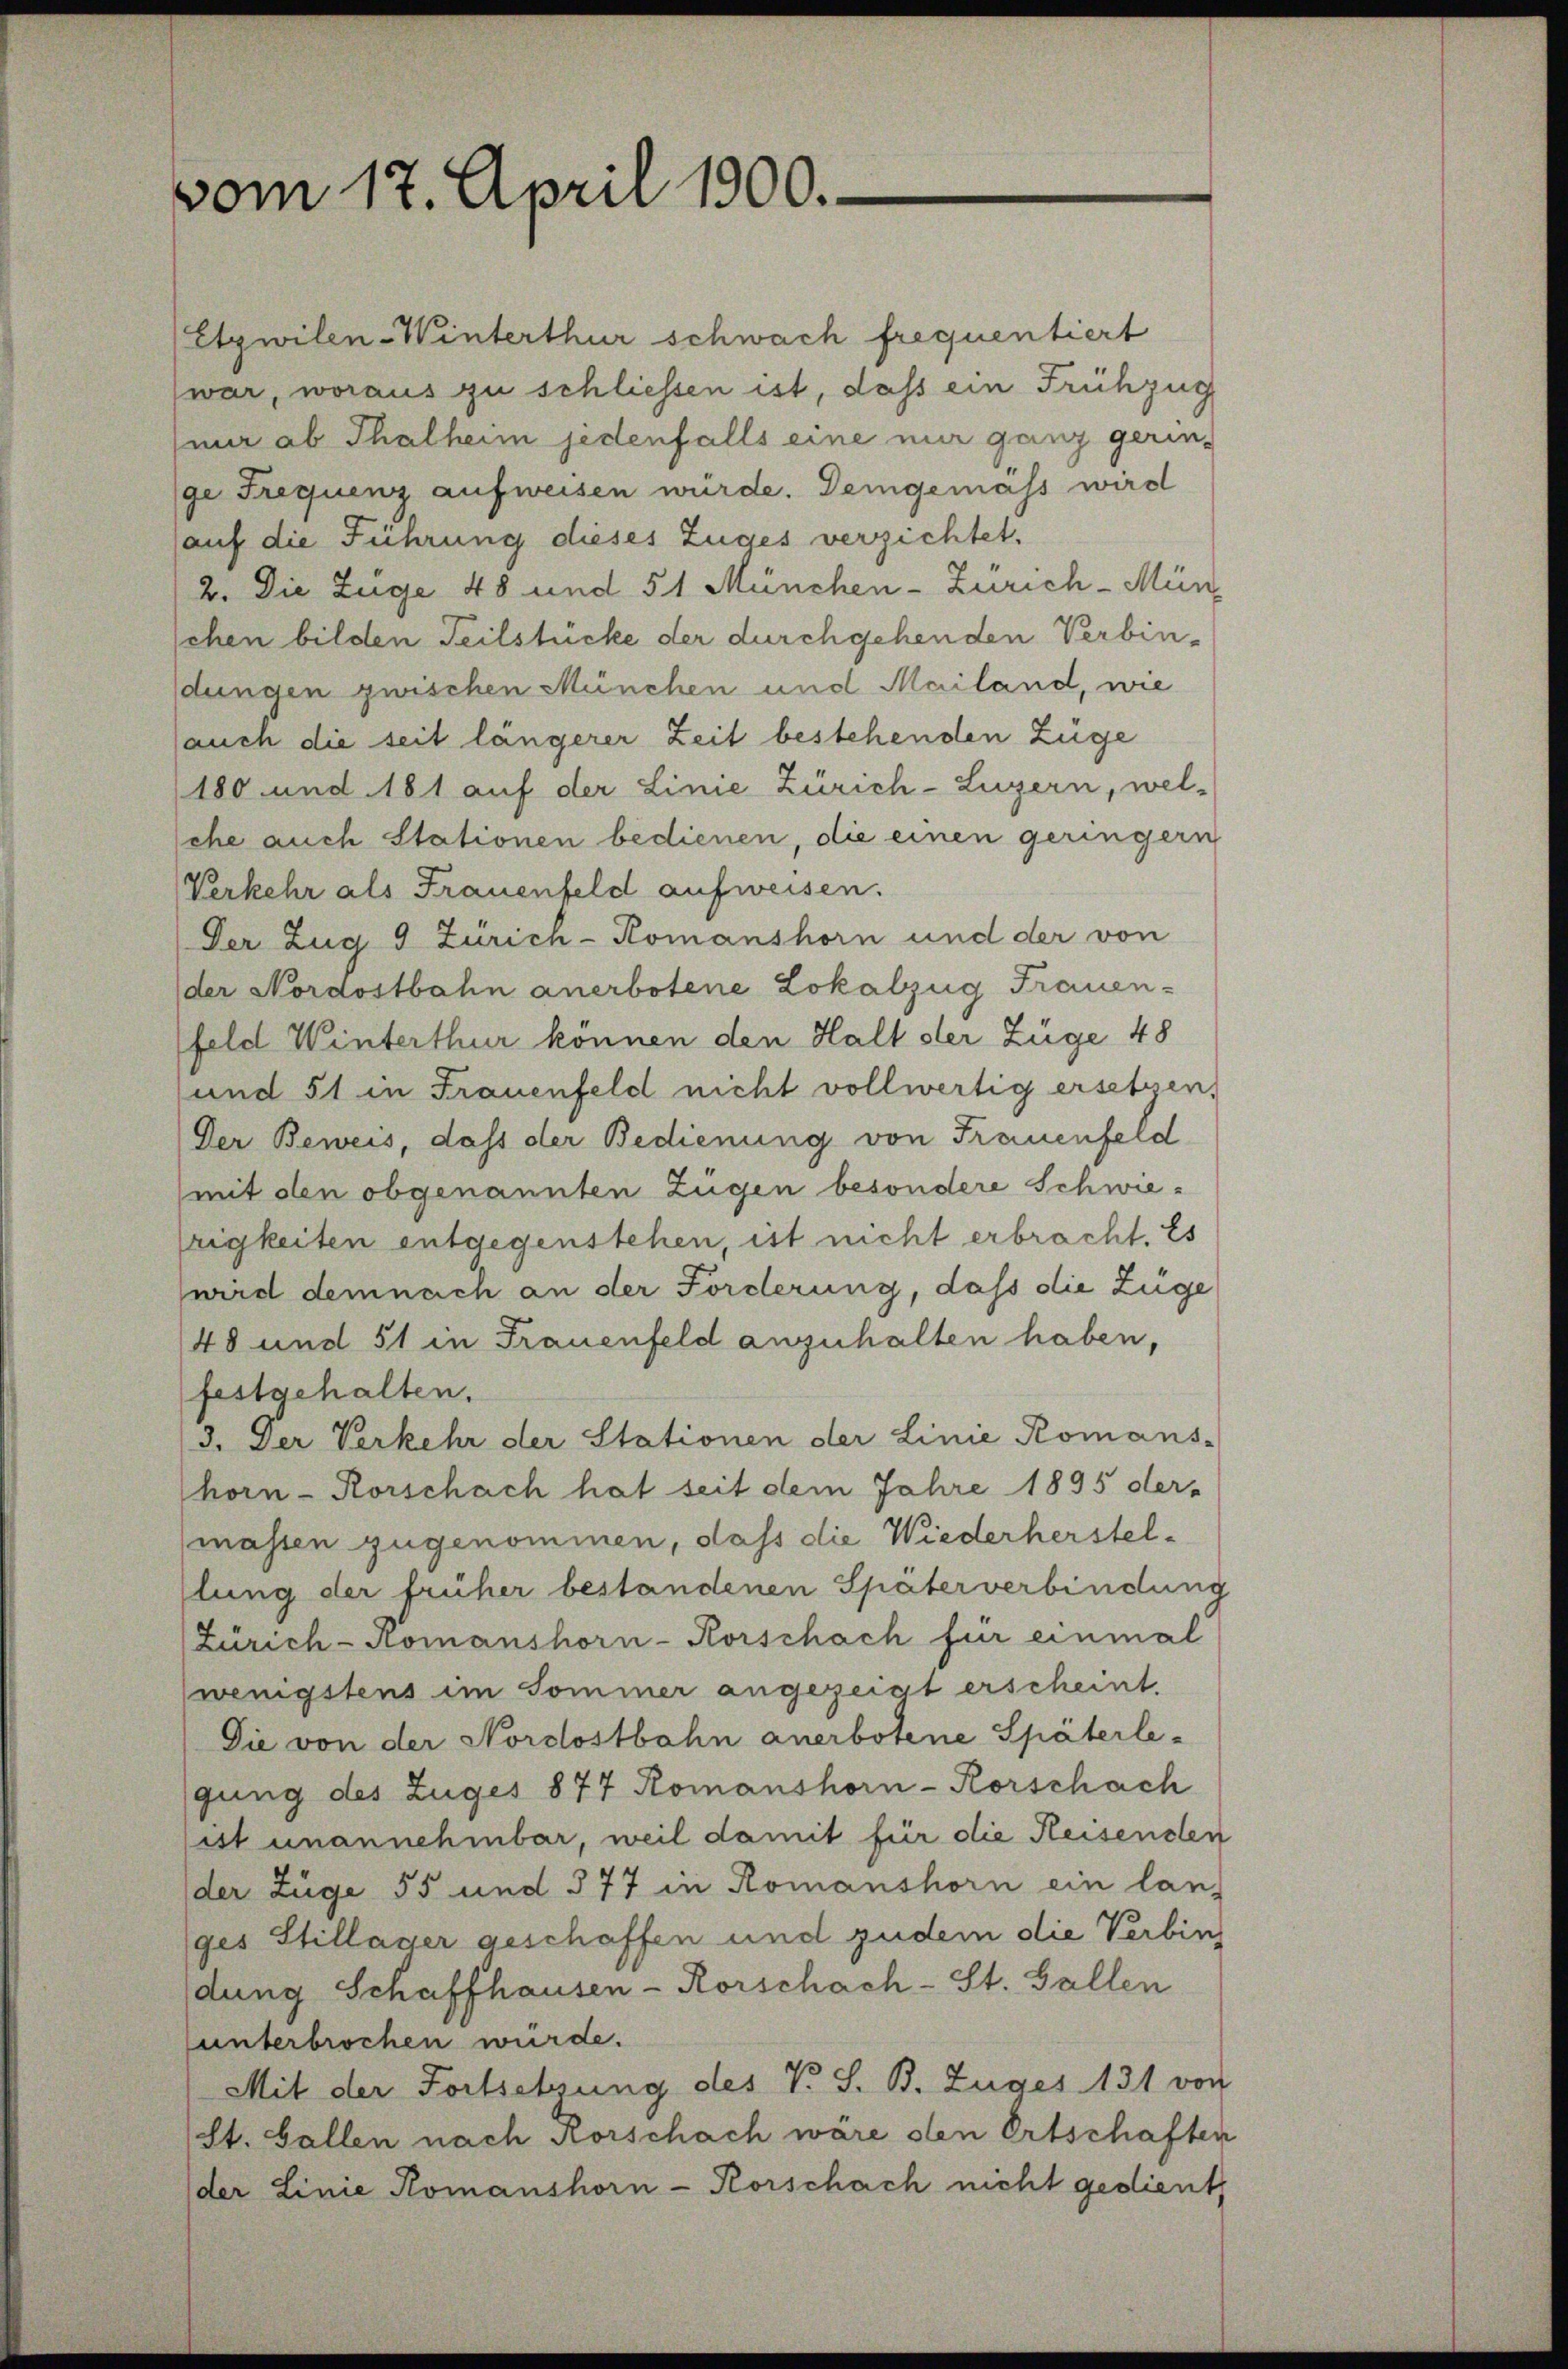
vom 17. April 1900.

Etzwilen-Winterthur schwach frequentiert
war, woraus zu schliessen ist, daß ein Frühzug
nur ab Thalheim jedenfalls eine mir ganz gerin-
ge Frequenz aufweisen würde. Demgemäss wird
auf die Führung dieses Zuges verzichtet,
2. Die Züge 48 und 51 München-Zürich-Mün
schen bilden Teilstücke der durchgehenden Verbin-
dungen zwischen München und Mailand, wie
jauch die seit längerer Zeit bestehenden Züge
180 und 181 auf der Linie Zürich-Luzern, wel-
che auch Stationen bedienen, die einen geringern
Verkehr als Frauenfeld aufweisen.
Der Zug 9 Zürich-Komanshorn und der von
der Nordostbahn anerbotene Lokalzug Frauen-
feld Winterthur können den Halt der Züge 48
und 51 in Frauenfeld nicht vollwertig ersetzen,
Der Beweis, dass der Bedienung von Frauenfeld
mit den obgenannten Zügen besondere Schwierigkeiten entgegenstehen, ist nicht erbracht. Es
wird demnach an der Forderung, dass die Züge
48 und 51 in Frauenfeld anzuhalten haben,
festgehalten.
3. Der Verkehr der Stationen der Linie Komans-
horn-Rorschach hat seit dem Jahre 1895 der-
massen zugenommen, dass die Wiederherstellung der früher bestandenen Späterverbindung
Zürich-Komanshorn-Korschach für einmal
wenigstens im Sommer angezeigt erscheint.
Die von der Nordostbahn anerbotene Späterle-
gung des Zuges 877 Romanshorn-Rorschach
ist unannehmbar, weil damit für die Heisensten
der Züge 55 und 377 in Romanshorn ein lan-
ges Stillager geschaffen und zudem die Verbin
dung Schaffhausen - Rorschach-St. Gallen
unterbrochen würde.
Mit der Fortsetzung des V. S. B. Zuges 131 von
(St. Gallen nach Rorschach wäre den Ortschaften
der Linie Komanshorn-Korschach nicht gedient